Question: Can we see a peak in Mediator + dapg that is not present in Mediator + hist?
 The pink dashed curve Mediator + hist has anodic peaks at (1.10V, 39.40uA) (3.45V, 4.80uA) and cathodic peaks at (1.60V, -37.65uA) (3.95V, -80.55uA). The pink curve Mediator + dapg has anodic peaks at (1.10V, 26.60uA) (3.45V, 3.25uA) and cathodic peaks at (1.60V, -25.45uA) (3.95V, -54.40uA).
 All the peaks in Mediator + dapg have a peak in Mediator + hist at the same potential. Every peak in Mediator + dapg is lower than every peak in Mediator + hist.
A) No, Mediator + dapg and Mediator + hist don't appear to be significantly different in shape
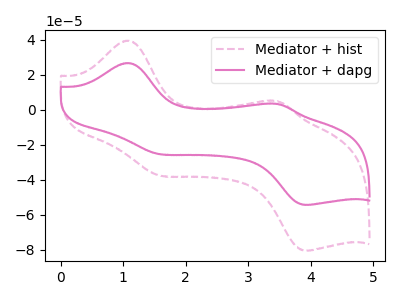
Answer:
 <answer>A) No, "Mediator + dapg" and "Mediator + hist" don't appear to be significantly different in shape</answer>
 <eval>A</eval>